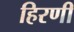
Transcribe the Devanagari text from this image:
हिरणी